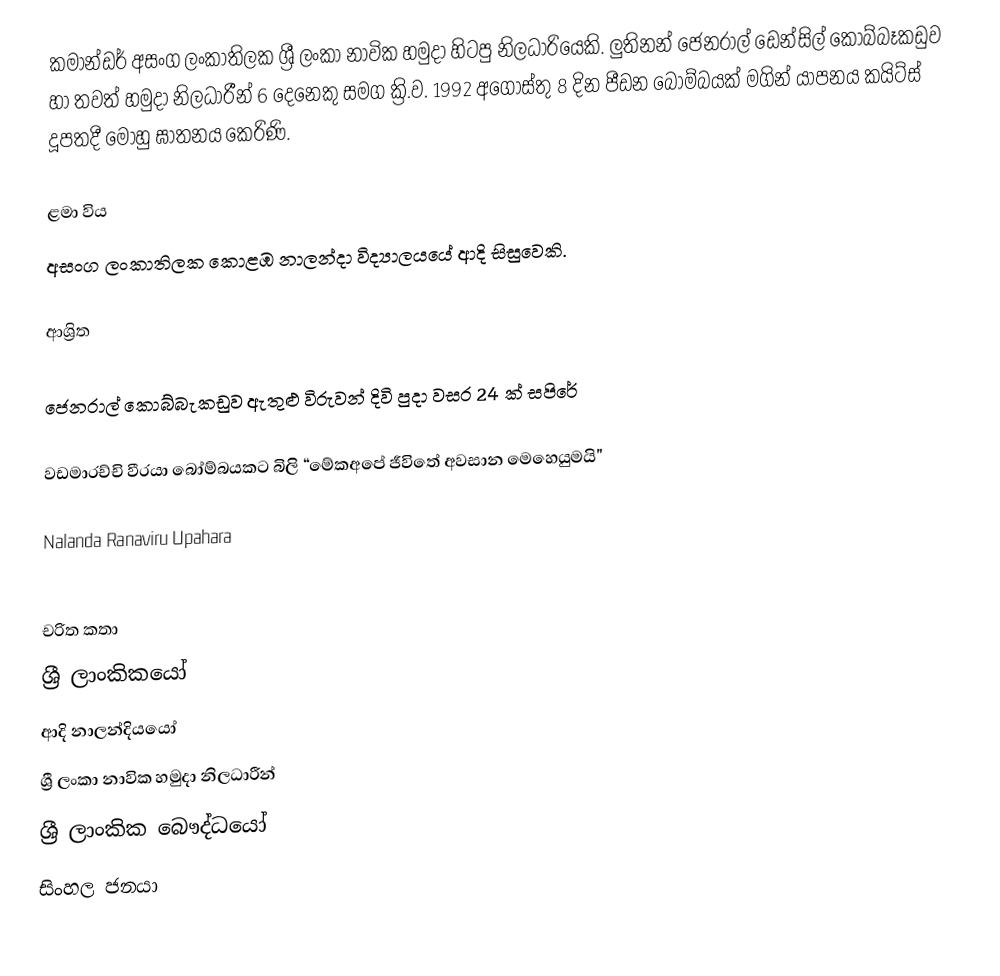
කමාන්ඩර් අසංග ලංකාතිලක   ශ්‍රී ලංකා නාවික හමුදා හිටපු නිලධාරියෙකි. ලුතිනන් ජෙනරාල් ඩෙන්සිල් කොබ්බෑකඩුව හා තවත් හමුදා නිලධාරීන් 6 දෙනෙකු සමග ක්‍රි.ව. 1992 අගෝස්තු 8 දින  පීඩන බෝම්බයක් මගින් යාපනය කයිට්ස් දූපතදී මොහු ඝාතනය කෙරිණි.

ළමා විය
අසංග ලංකාතිලක  කොළඹ නාලන්දා විද්‍යාලයයේ ආදි සිසුවෙකි.

ආශ්‍රිත

 ජෙනරාල් කොබ්බැකඩුව ඇතුළු විරුවන් දිවි පුදා වසර 24 ක් සපිරේ

 වඩමාරච්චි වීරයා බෝම්බයකට බිලි “මේකඅපේ ජීවිතේ අවසාන මෙහෙයුමයි"

 Nalanda Ranaviru Upahara

චරිත කතා
ශ්‍රී ලාංකිකයෝ
ආදි නාලන්දියයෝ
ශ්‍රී ලංකා නාවික හමුදා නිලධාරීන්
ශ්‍රී ලාංකික බෞද්ධයෝ
සිංහල ජනයා